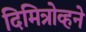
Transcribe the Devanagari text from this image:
दिमित्रोव्हने